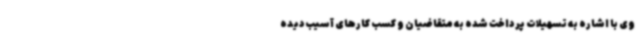
وی با اشاره به تسهیلات پرداخت شده به متقاضیان و کسب کارهای آسیب‌دیده